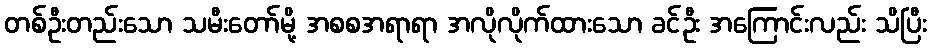
တစ်ဦးတည်းသော သမီးတော်မို့ အစစအရာရာ အလိုလိုက်ထားသော ခင်ဦး အကြောင်းလည်း သိပြီး